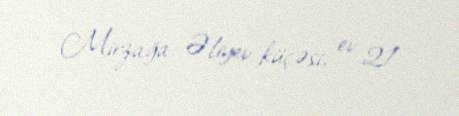
Mirzağa Əliyev küçəsi, ev 21